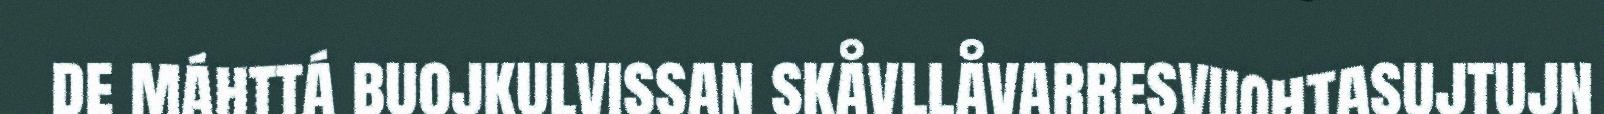
de máhttá buojkulvissan skåvllåvarresvuohtasujtujn